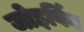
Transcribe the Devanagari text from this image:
जोइर्विन